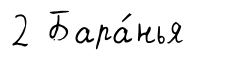
2 Бара́нья